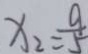
x _ { 2 } = \frac { 9 } { 5 }